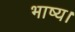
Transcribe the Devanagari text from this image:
भाष्य।